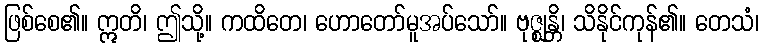
ဖြစ်စေ၏။ ဣတိ၊ ဤသို့။ ကထိတေ၊ ဟောတော်မူအပ်သော်။ ဗုဇ္ဈန္တိ၊ သိနိုင်ကုန်၏။ တေသံ၊